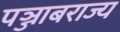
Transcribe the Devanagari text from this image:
पञ्जाबराज्य